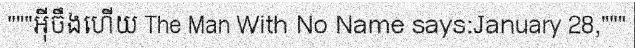
"""អ៊ីចឹងហើយ The Man With No Name says:January 28,"""